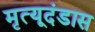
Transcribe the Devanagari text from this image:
मृत्यूदंडास